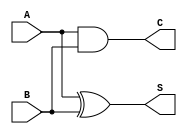
module HalfAdder (
    input wire A,    // First single-bit input
    input wire B,    // Second single-bit input
    output wire S,   // Sum output
    output wire C    // Carry output
);

// Sum is computed using XOR
assign S = A ^ B;

// Carry is computed using AND
assign C = A & B;

endmodule